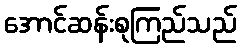
အောင်ဆန်းစုကြည်သည်